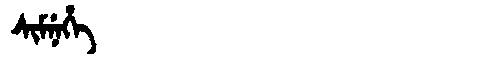
Manchu: ᠰᡳᠮᠨᡝᡥᡝ
Romanization: SIMNEHE